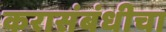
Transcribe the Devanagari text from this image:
करासंबंधीचा